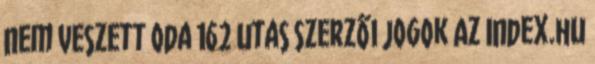
nem veszett oda 162 utas Szerzői jogok Az Index.hu